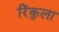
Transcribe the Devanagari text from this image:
रिंकुला